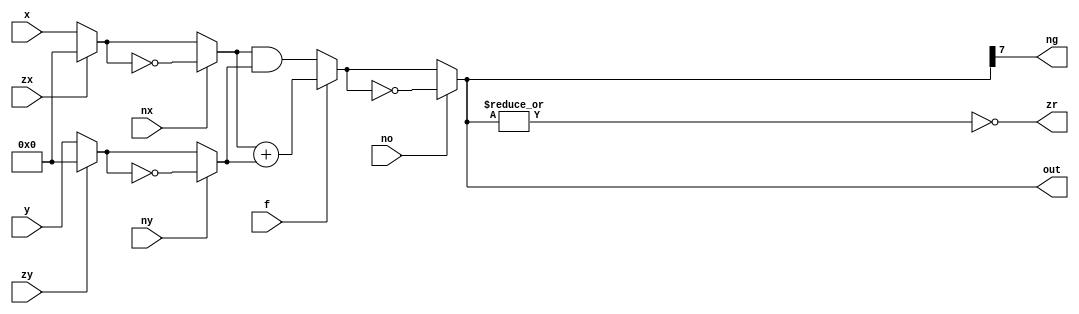
module alu (
    x,
    y,
    zx,
    nx,
    zy,
    ny,
    f,
    no,
    zr,
    ng,
    out
  );
  
    input      [15:0]   x;
    input      [15:0]   y;
    input              zx;
    input              nx;
    input              zy;
    input              ny;
    input               f;
    input              no;
    output reg         zr;
    output reg         ng;
    output reg [15:0] out;
  
  reg [15:0] x1;
  reg [15:0] x2;
  reg [15:0] y1;
  reg [15:0] y2;
  reg [15:0] fout;
  reg [15:0] res;

  always @* begin
    x1 <= (zx ? 8'h00 : x);
    y1 <= (zy ? 8'h00 : y);
    x2 <= (nx ? ~x1 : x1);
    y2 <= (ny ? ~y1 : y1);
    fout <= (f ? x2 + y2 : x2 & y2);
    res <= (no ? ~fout : fout);
    ng <= res[7];
    zr <= ~(|res);
    out <= res;
  end
endmodule